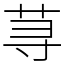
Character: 荨